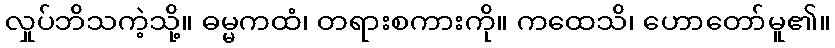
လှုပ်ဘိသကဲ့သို့။ ဓမ္မကထံ၊ တရားစကားကို။ ကထေသိ၊ ဟောတော်မူ၏။